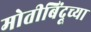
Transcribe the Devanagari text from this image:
मोतीबिंदूच्या